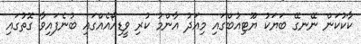
ކާކުކަން ނޭނގޭ ބަޔަކު ޔޫޓިއުބްގައި މިއަދު އާންމު ކުރި ވީޑިއޯއެއްގައި ބުނެފައިވާ ގޮތުގައި